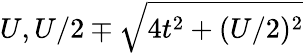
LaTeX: U,U/2\mp\sqrt{4t^{2}+(U/2)^{2}}